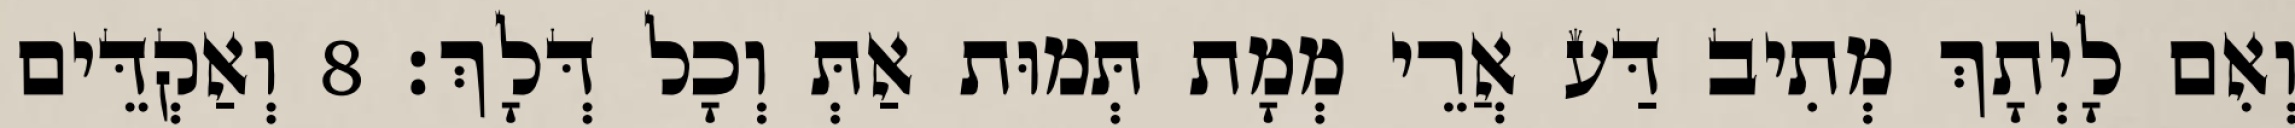
וְאִם לָיְתָךְ מְתִיב דַּע אֲרֵי מְמָת תְּמוּת אַתְּ וְכָל דְּלָךְ׃ 8 וְאַקְדֵּים